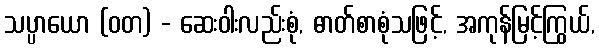
သပ္ပာယော (ဝတ) - ဆေးဝါးလည်းစုံ, ဓာတ်စာစုံသဖြင့်, အကုန်မြင့်ကြွယ်,